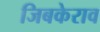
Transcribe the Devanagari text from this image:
जिबकेराव